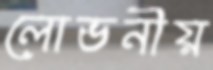
লোভনীয়